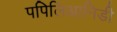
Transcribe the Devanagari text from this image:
पपिलिआनिडी